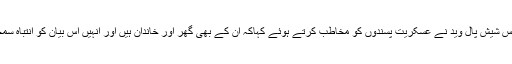
ڈی جی پولیس شیش پال وید نے عسکریت پسندوں کو مخاطب کرتے ہوئے کہاکہ ان کے بھی گھر اور خاندان ہیں اور انہیں اس بیان کو انتباہ سمجھنا چاہیے۔